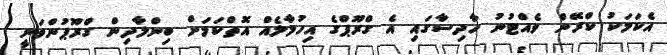
އެކަމަކު ކްރޭން ވެއްޓުނު ހާދިސާގައި އެ ގްރޫޕްގެ އިހުމާލެއް އޮތްކަމަށް ބިންލާދިން ގްރޫޕުންވަނީ